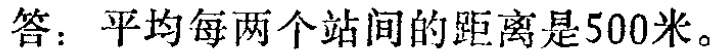
答：平均每两个站间的距离是500米。